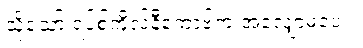
သို့သော် ရပ်စ်ကိုလ်နီကော့ဗ်က အလျှော့မပေး။